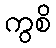
ကွစိ